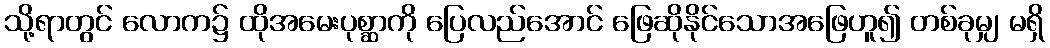
သို့ရာတွင် လောက၌ ထိုအမေးပုစ္ဆာကို ပြေလည်အောင် ဖြေဆိုနိုင်သောအဖြေဟူ၍ တစ်ခုမျှ မရှိ